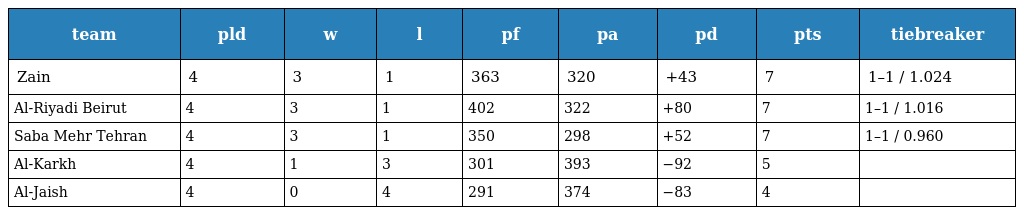
| team | pld | w | l | pf | pa | pd | pts | tiebreaker |
 | --- | --- | --- | --- | --- | --- | --- | --- | --- |
 | Zain | 4 | 3 | 1 | 363 | 320 | +43 | 7 | 1–1 / 1.024 |
 | Al-Riyadi Beirut | 4 | 3 | 1 | 402 | 322 | +80 | 7 | 1–1 / 1.016 |
 | Saba Mehr Tehran | 4 | 3 | 1 | 350 | 298 | +52 | 7 | 1–1 / 0.960 |
 | Al-Karkh | 4 | 1 | 3 | 301 | 393 | −92 | 5 |  |
 | Al-Jaish | 4 | 0 | 4 | 291 | 374 | −83 | 4 |  |